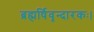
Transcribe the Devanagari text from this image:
ब्रह्मर्षिवृन्दारकः।